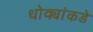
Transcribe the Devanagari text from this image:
धोक्यांकडे